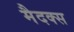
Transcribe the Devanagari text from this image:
मैदक्स